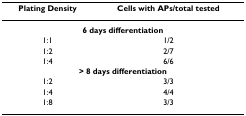
| Plating Density | Cells with APs/total tested |
 | --- | --- |
 | <COLSPAN=2> 6 days differentiation |
 | 1:1 | 1/2 |
 | 1:2 | 2/7 |
 | 1:4 | 6/6 |
 | <COLSPAN=2> > 8 days differentiation |
 | 1:2 | 3/3 |
 | 1:4 | 4/4 |
 | 1:8 | 3/3 |